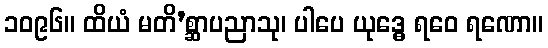
၁၀၉၆။ ထိယံ မတိ’စ္ဆာပညာသု၊ ပါပေ ယုဒ္ဓေ ရဝေ ရဏော။